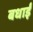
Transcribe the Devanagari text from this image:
बधाईं